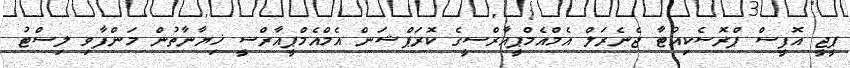
ޕީޖީ އޮފީސް ޕްރޮސެކިއުޓާ ޖެނެރަލް އެމްއެމްޕީއާރްސީގެ ކޮރަޕްޝަން އެމްއެމްޕީއާރްސީ ޚިޔާނާތުން މަންފާވި ލިސްޓު